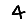
Digit: 4